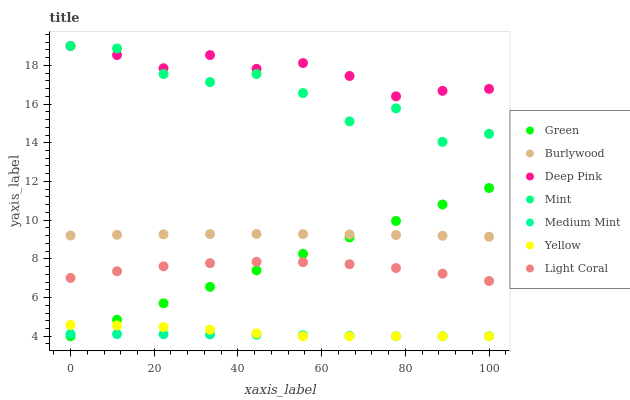
| xaxis_label | Green | Burlywood | Deep Pink | Mint | Medium Mint | Yellow | Light Coral |
 | --- | --- | --- | --- | --- | --- | --- | --- |
 | 0 | 4 | 9.21 | 19 | 19 | 4.11 | 4.59 | 7.01 |
 | 11.1 | 4.85 | 9.24 | 18.5 | 18.9 | 4.11 | 4.56 | 7.36 |
 | 22.2 | 5.7 | 9.27 | 17.9 | 17.6 | 4.11 | 4.48 | 7.61 |
 | 33.3 | 6.55 | 9.28 | 18.5 | 17.1 | 4.09 | 4.34 | 7.78 |
 | 44.4 | 7.4 | 9.29 | 17.8 | 17.6 | 4.08 | 4.15 | 7.85 |
 | 55.6 | 8.26 | 9.28 | 18.1 | 16.6 | 4.05 | 4 | 7.83 |
 | 66.7 | 9.11 | 9.26 | 17.5 | 15.1 | 4.03 | 4 | 7.72 |
 | 77.8 | 9.96 | 9.23 | 16.4 | 15.8 | 4 | 4 | 7.53 |
 | 88.9 | 10.8 | 9.19 | 16.7 | 14 | 4 | 4 | 7.24 |
 | 100 | 11.7 | 9.14 | 16.8 | 14.5 | 4 | 4 | 6.86 |